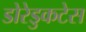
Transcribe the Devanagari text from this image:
डोरेडुकटेस